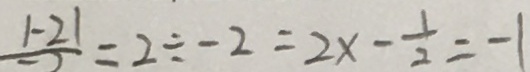
\frac { 1 - 2 1 } { - 2 } = 2 \div - 2 = 2 x - \frac { 1 } { 2 } = - 1